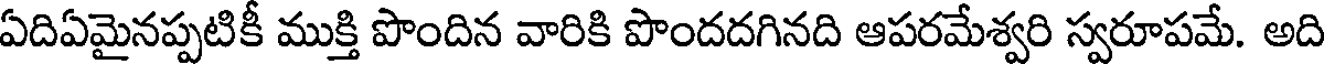
ఏదిఏమైనప్పటికీ ముక్తి పొందిన వారికి పొందదగినది ఆపరమేశ్వరి స్వరూపమే. అది